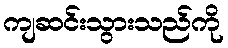
ကျဆင်းသွားသည်ကို